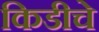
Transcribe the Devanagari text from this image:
किडीचे